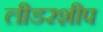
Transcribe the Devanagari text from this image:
लीडरशीप